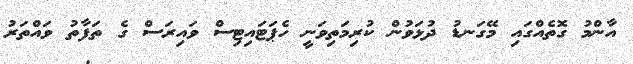
އާންމު ގޮތެއްގައި މޭގަނޑު ދުޅަވުން ކުރިމަތިވަނީ ހެޕަޓައިޓިސް ވައިރަސް ގެ ތަފާތު ވައްތަރު